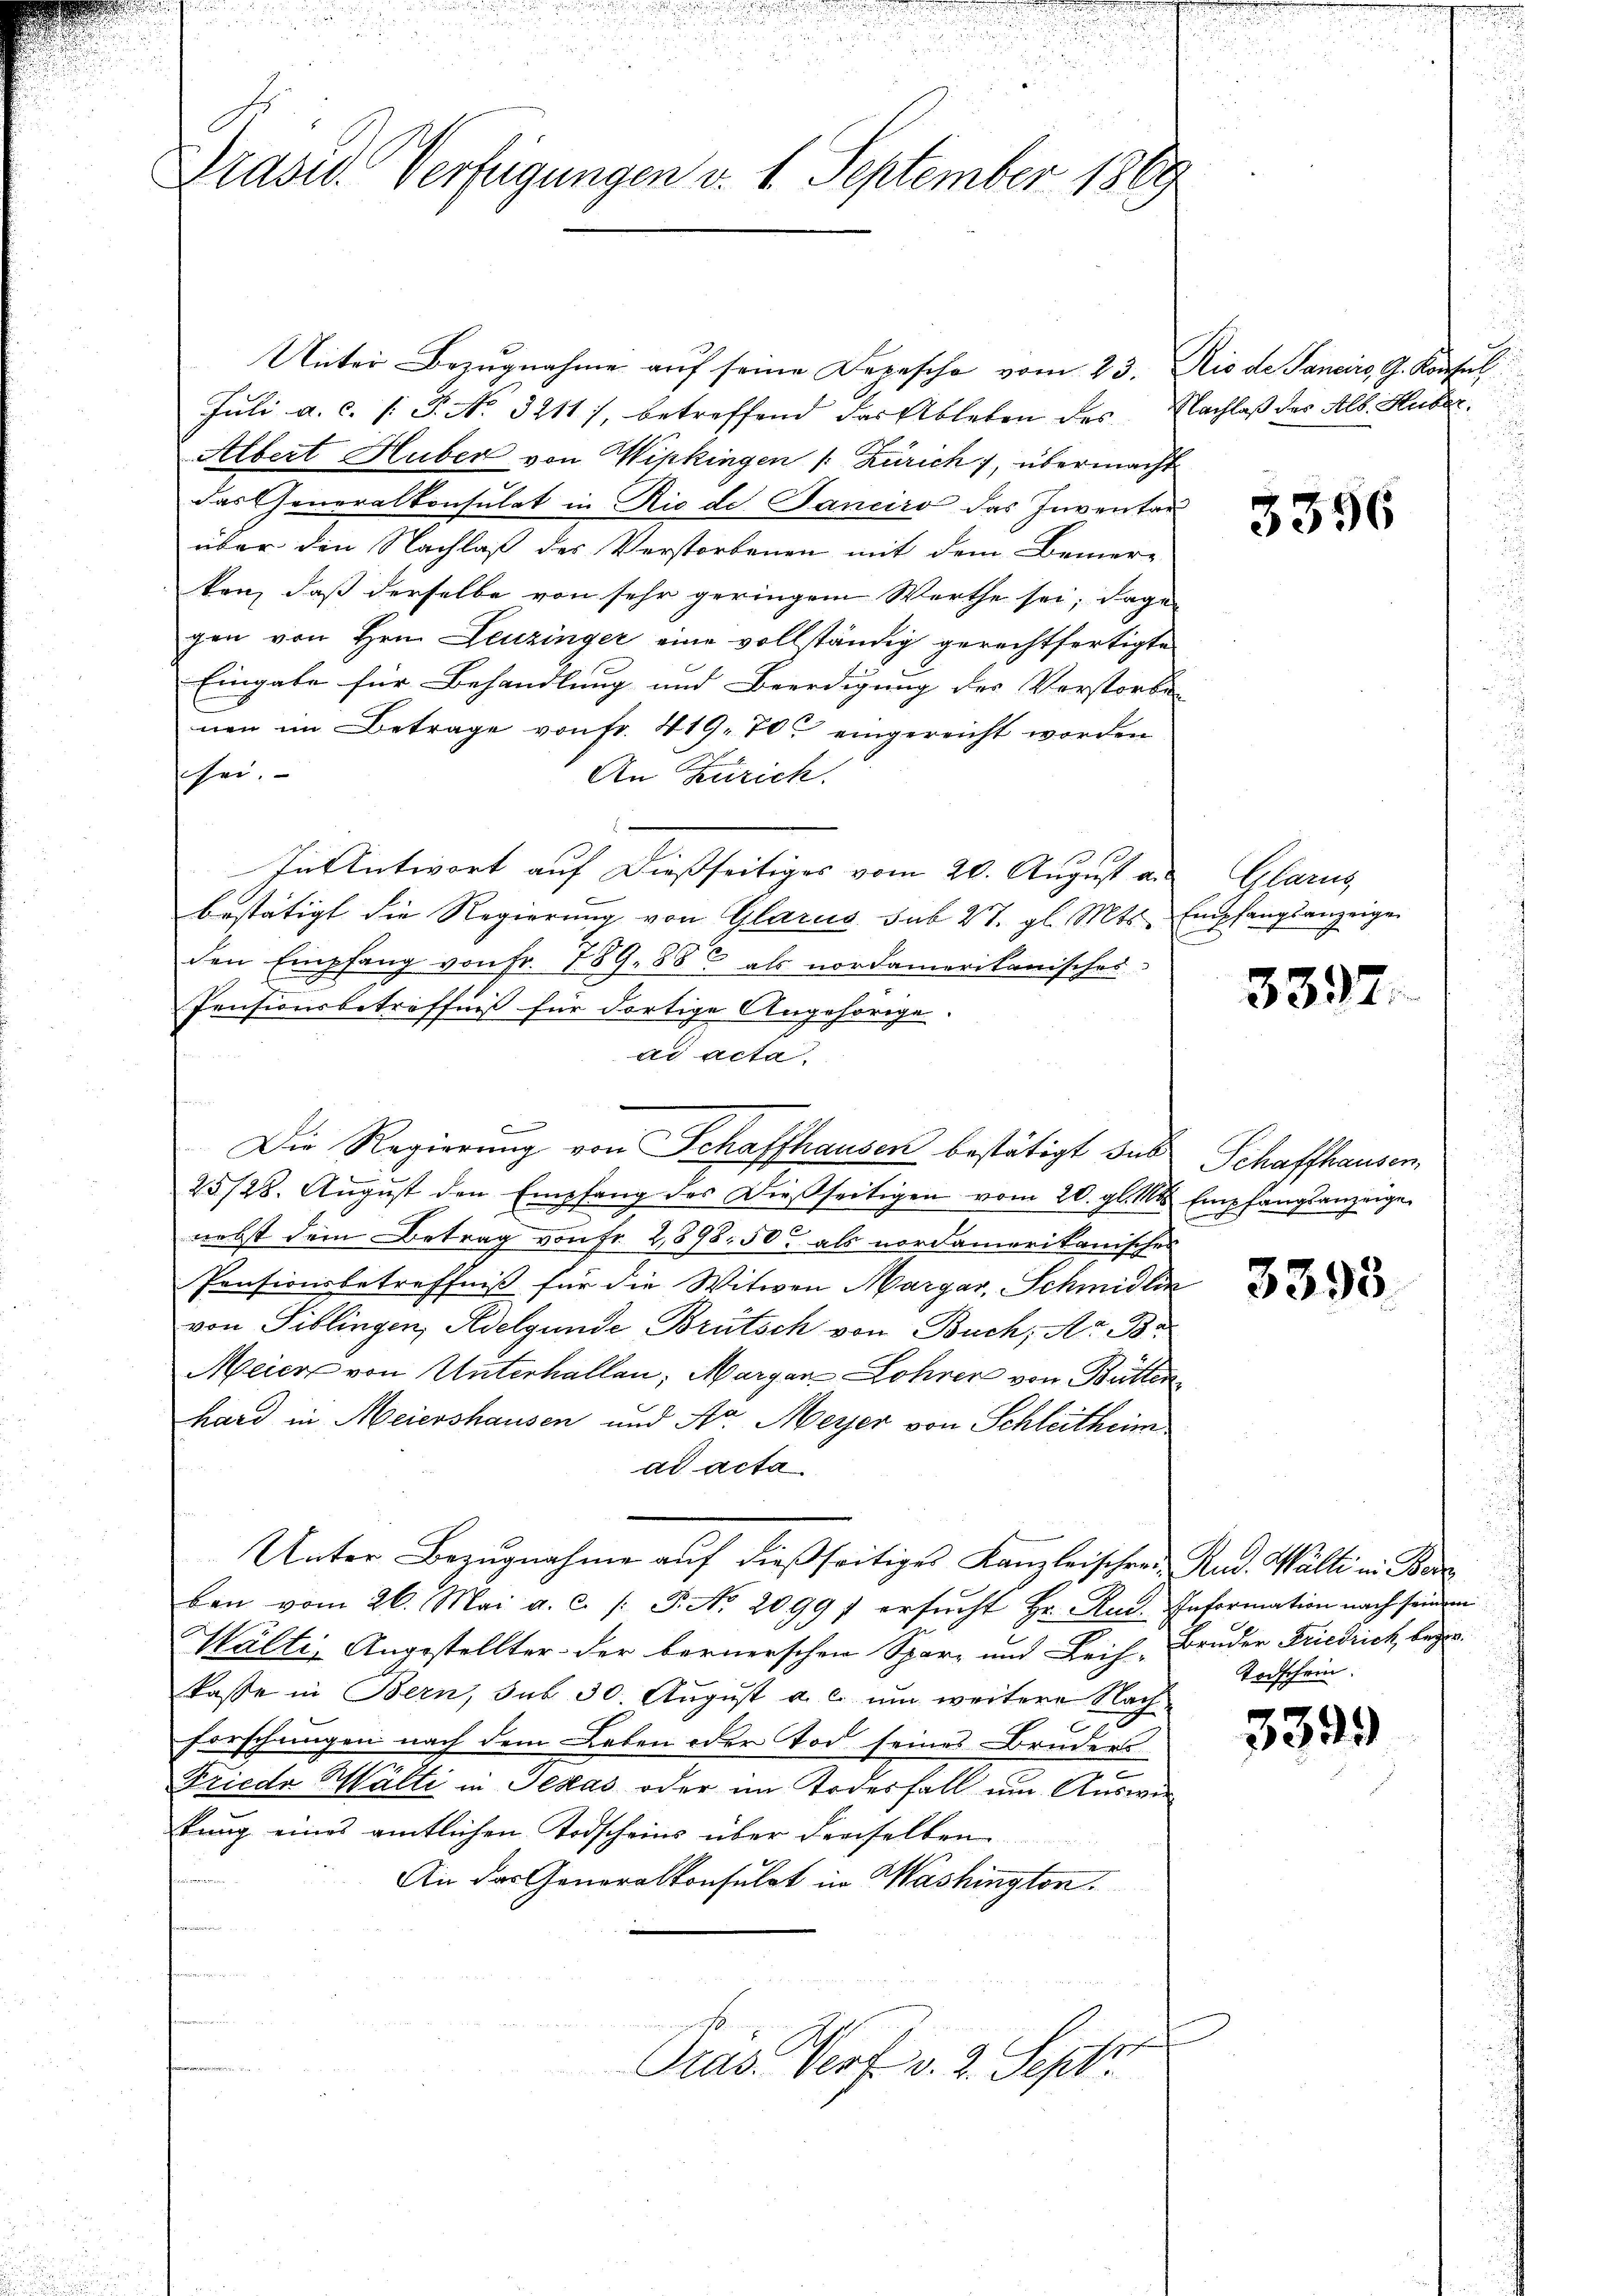
e
Präsid. Verfügungen v. 1. September 1869

Unter Bezugnahme auf seine Depescho vom 23. Rio de Sancirs, G. Konsul
Juli a.c. (T. No. 3211), betreffend das Ableben des Nachlaß des Alb. Huber¬
Albert Huber von Wipkingen /: Zürich 7, übermacht
das Generalkonsulat in Rio de. Janeiro das Inventar
über den Nachlaß des Verstorbenen mit dem Bemer-
kan, daß derselbe von sehr geringen Werthe sei; dage-
gen von Hrn. Leuzinger eine vollständig gerechtfertigte
Eingabe für Behandlung und Beerdigung des Verstorbe
nen im Betrage von Fr. 419, 70 eingereicht worden
sei.
An Zürich.
In Antwort auf dießseitiges vom 20. August an Glarus
bestätigt die Regierung von Glarus sub 27. gl. Mts. Empfangsanzeige
den Empfang von Fr. 189. 88 als nordamerikanisches
Pensionsbetreffniß für dortige Angehörige
ad acta.
Die Regierung von Schaffhausen bestätigt sub Schaffhauser
25/28. Aŭgŭst den Empfang des dießseitigen vom 20. gl. Mts. Empfangsanzeige
nebst dem Betrag von Fr. 2898 50. als nordamerikanisches
Pensionsbetreffniß für die Witwen Margar, Schmidlin
von Siblingen, Adelgunde Brütsch von Buch, Art. Ba
Meier von Unterhallen, Margan Lohrer von Bütten
hard in Meiershausen und Ar. Meyer von Schleitheimad acta
Unter Bezŭgnahme aŭf dießseitiges Kanzleischen Rud. Wälti in Bere
ban vom 26. Mai a. c. /: P. Nr. 20991 ersŭcht Hr. Rud. Information nach seinem
Wältig Angestellter der bernerschen Spar- und Leih- Bruder Friedrich begr
kasse in Bern, sub 30 August a. c. um weitere Nach-
c
Forschungen nach dem Leben oder Tod seines Bruders
e
Frieda Wälti in Texas oder im Todesfall um Auswir
kung eines amtlichen Todscheins über denselben
An das Generalkonsulat in Washington.
u
Präs. Prof. v. 2. Sept.

3396

3397.

3393.

Todschein.

3399